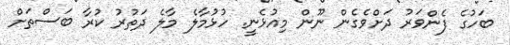
ބަހުގެ ފެންވަރު ދަށްވެގެން ނޫން މިއުޅެނީ. ހުޅުމާލެ މާލެ ދަތުރު ކުރާ ބަސްތަށް